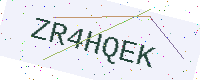
Text: ZR4HQEK